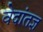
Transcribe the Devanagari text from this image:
वेदांतज्ञ